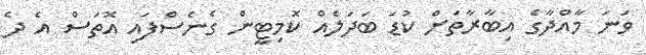
ވަނަ މާއްދާގެ އިބާރާތަށް ކުޑަ ބަދަލެއް ކޮމިޓީން ގެނެސްފައި އޮތަސް އެ ދެ